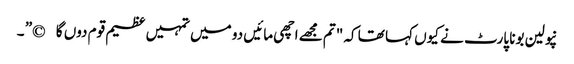
نپولین بونا پارٹ نے کیوں کہا تھا کہ "تم مجھے اچھی مائیں دو میں تمہیں عظیم قوم دوں گا©” ۔